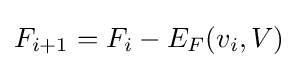
F_{i+1}=F_{i}-E_{F}(v_{i},V)